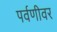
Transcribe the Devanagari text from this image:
पर्वणीवर